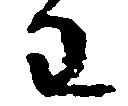
わ